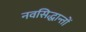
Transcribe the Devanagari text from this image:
नवसिद्धान्तों